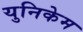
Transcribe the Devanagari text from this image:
युनिकेम